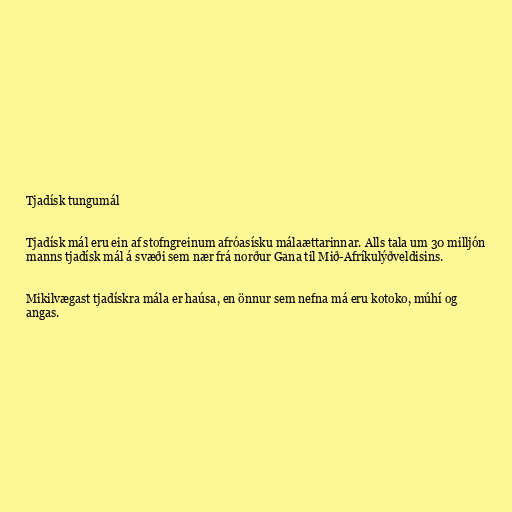
Tjadísk tungumál

Tjadísk mál eru ein af stofngreinum afróasísku málaættarinnar. Alls tala um 30 milljón
manns tjadísk mál á svæði sem nær frá norður Gana til Mið-Afríkulýðveldisins.

Mikilvægast tjadískra mála er haúsa, en önnur sem nefna má eru kotoko, múhí og
angas.